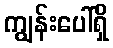
ကျွန်းပေါ်ရှိ